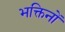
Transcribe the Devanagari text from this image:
भक्तिनों